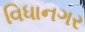
વિધાનગર